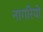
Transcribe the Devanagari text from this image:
नागरियों